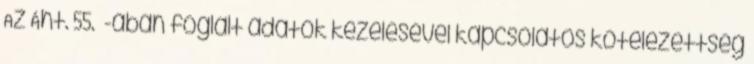
Az Áht. 55. §-ában foglalt adatok kezelésével kapcsolatos kötelezettség